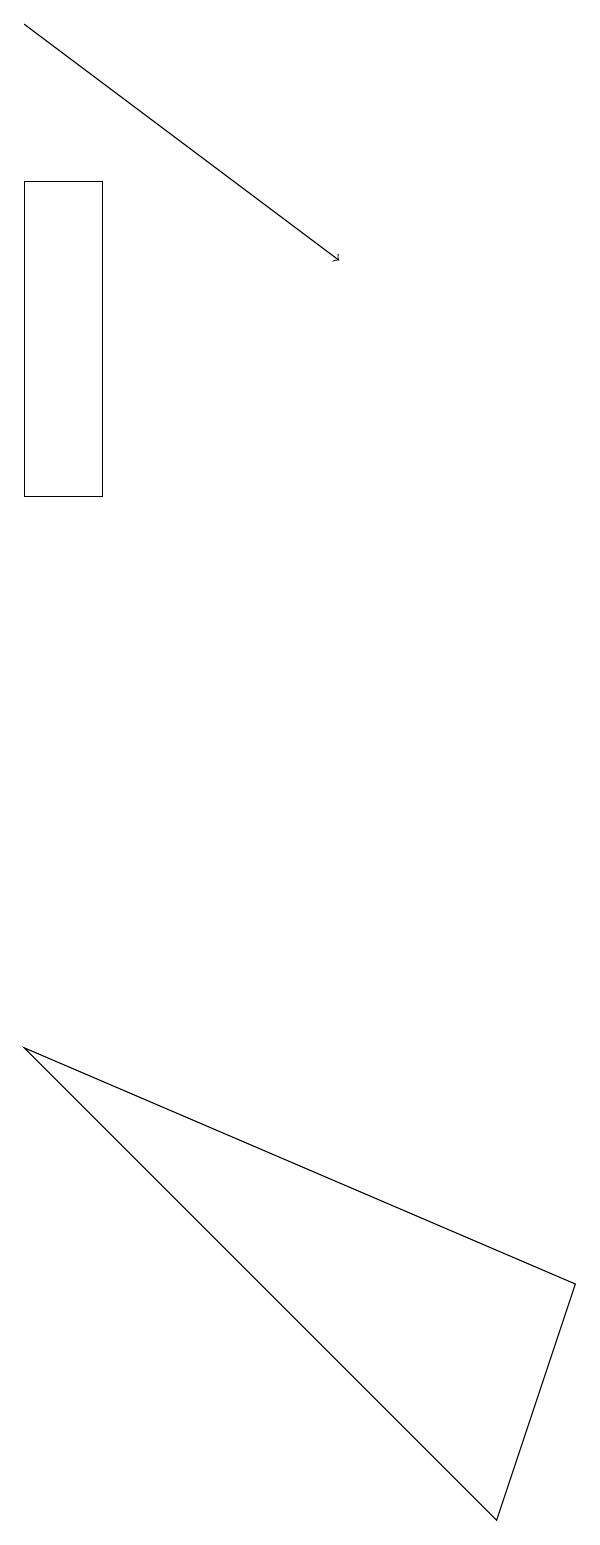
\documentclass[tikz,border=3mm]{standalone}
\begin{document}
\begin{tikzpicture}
\draw[->] (1,19) -- (5,16);
\draw (1,6) -- (7,0) -- (8,3) -- cycle;
\draw (1,17) rectangle (2,13);
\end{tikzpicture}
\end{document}